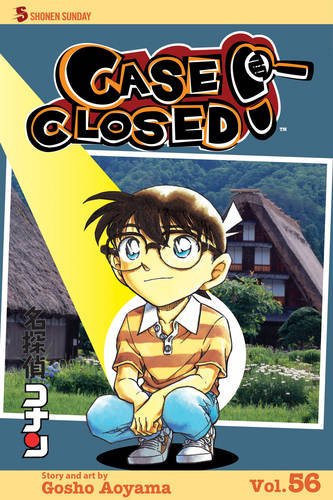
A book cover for Case Closed, Vol. 56; Gosho Aoyama; Comics & Graphic Novels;